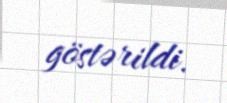
göstərildi.